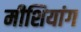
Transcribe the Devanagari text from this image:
मीशियांग